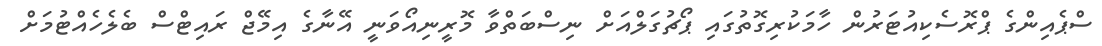
ސްޕެއިންގެ ޕްރޮސެކިއުޓަރުން ހާމަކުރިގޮތުގައި ޕޯޗުގަލްއަށް ނިސްބަތްވާ މޮރީނިއޯވަނީ އޭނާގެ އިމޭޖް ރައިޓްސް ބެލެހެއްޓުމަށް